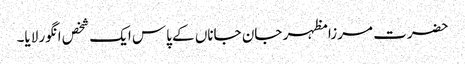
حضرت مرزا مظہر جان جاناں کے پاس ایک شخص انگور لایا۔